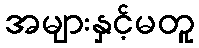
အများနှင့်မတူ